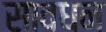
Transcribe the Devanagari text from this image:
सावधन